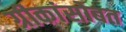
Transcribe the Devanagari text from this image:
ग्रीकांसोबत